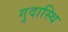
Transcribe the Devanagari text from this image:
गुदास्थि